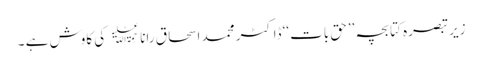
زیر تبصرہ کتابچہ ’’حق بات‘‘ ڈاکٹر محمد اسحاق رانا ﷫ کی کاوش ہے ۔